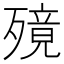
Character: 𣩜